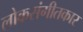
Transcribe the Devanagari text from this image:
लोकसंगीतकार